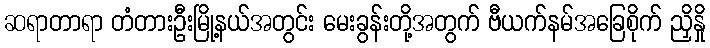
ဆရာတာရာ တံတားဦးမြို့နယ်အတွင်း မေးခွန်းတို့အတွက် ဗီယက်နမ်အခြေစိုက် ညှိနှို